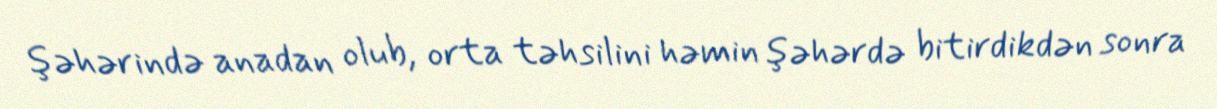
şəhərində anadan olub, orta təhsilini həmin şəhərdə bitirdikdən sonra